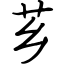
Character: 芗